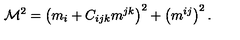
\mathcal { M } ^ { 2 } = \left( m _ { i } + C _ { i j k } m ^ { j k } \right) ^ { 2 } + \left( m ^ { i j } \right) ^ { 2 } .